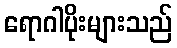
ရောဂါပိုးများသည်